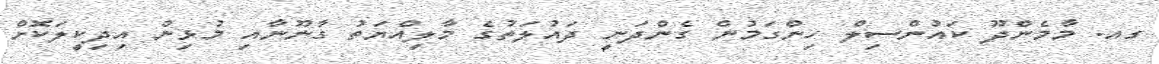
ގއ. މާމެންދޫ ކައުންސިލް ހިންގަމުން ގެންދަނީ ދައުލަތުގެ މާލިއްޔަތު ގާނޫނާއި މުޅިން އިދިކީލަކޮށް